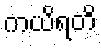
ကယိရတိ